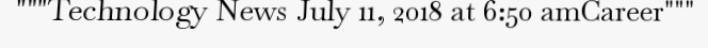
"""Technology News July 11, 2018 at 6:50 amCareer"""